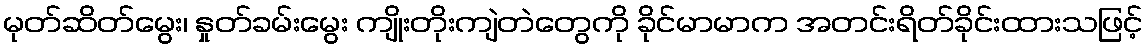
မုတ်ဆိတ်မွေး၊ နှုတ်ခမ်းမွေး ကျိုးတိုးကျဲတဲတွေကို ခိုင်မာမာက အတင်းရိတ်ခိုင်းထားသဖြင့်